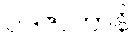
ပဒဇာတာနိ